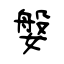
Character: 媻